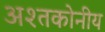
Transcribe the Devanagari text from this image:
अश्तकोनीय